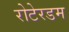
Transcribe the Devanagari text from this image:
रोटेरडम